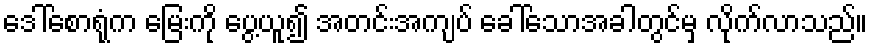
ဒေါ်စောရုံက မြေးကို ပွေ့ယူ၍ အတင်းအကျပ် ခေါ်သောအခါတွင်မှ လိုက်လာသည်။